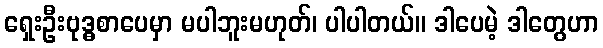
ရှေးဦးဗုဒ္ဓစာပေမှာ မပါဘူးမဟုတ်၊ ပါပါတယ်။ ဒါပေမဲ့ ဒါတွေဟာ